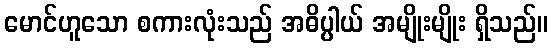
မောင်ဟူသော စကားလုံးသည် အဓိပ္ပါယ် အမျိုးမျိုး ရှိသည်။